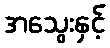
အသွေးနှင့်